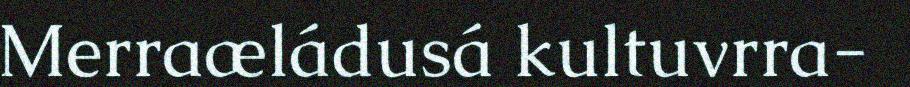
Merraæládusá kultuvrra-